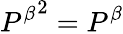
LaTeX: {P^{\beta}}^{2}=P^{\beta}